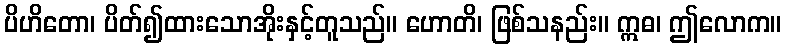
ပိဟိတော၊ ပိတ်၍ထားသောအိုးနှင့်တူသည်။ ဟောတိ၊ ဖြစ်သနည်း။ ဣဓ၊ ဤလောက။